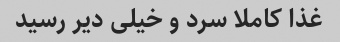
غذا کاملا سرد و خیلی دیر رسید